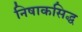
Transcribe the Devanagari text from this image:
निषाकसिद्ध